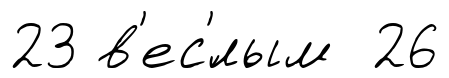
23 в'ес'́лым 26